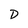
Character: D